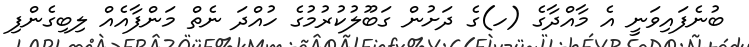
ބުނެފައިވަނީ އެ މާއްދާގެ (ހ)ގެ ދަށުން ގަބޫލުކުރުމުގެ ހުއްދަ ނެތް މަންފާއެއް ލިބިގެންފި